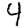
Digit: 4